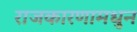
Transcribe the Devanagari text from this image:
राजकारणामधुन